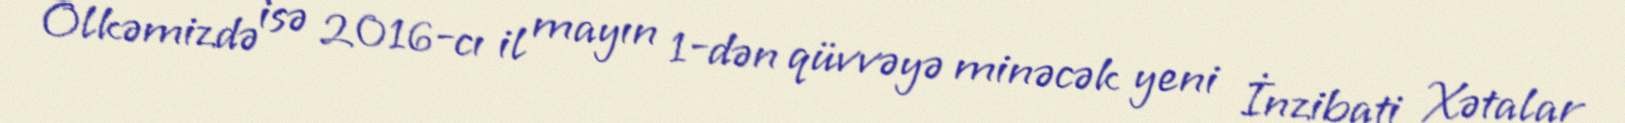
Ölkəmizdə isə 2016-cı il mayın 1-dən qüvvəyə minəcək yeni İnzibati Xətalar